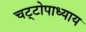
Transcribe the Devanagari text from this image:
चट्‌टोपाध्याय